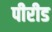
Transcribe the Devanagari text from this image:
पीरीड